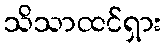
သိသာထင်ရှား